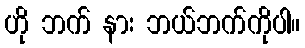
ဟို ဘက် နား ဘယ်ဘက်ကိုပါ။